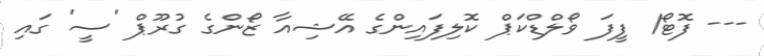
--- ފޮޓޯ/ ފީފަ ވޯލްޑްކަޕް ކޮލިފައިންގެ އޭޝިއާ ޒޯންގެ ގުރޫޕް 'ސީ' ގައި